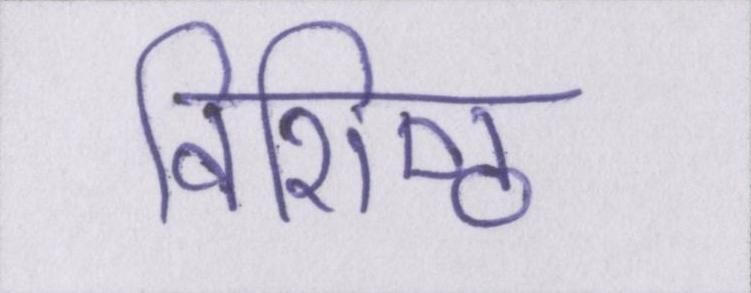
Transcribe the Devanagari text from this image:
विशिष्ठ